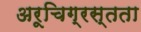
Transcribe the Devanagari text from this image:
अरूचिग्रस्तता